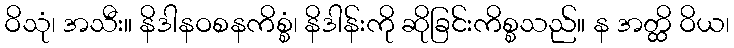
ဝိသုံ၊ အသီး။ နိဒါနဝစနကိစ္စံ၊ နိဒါန်းကို ဆိုခြင်းကိစ္စသည်။ န အတ္ထိ ဝိယ၊